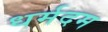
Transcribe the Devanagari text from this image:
धर्मदम